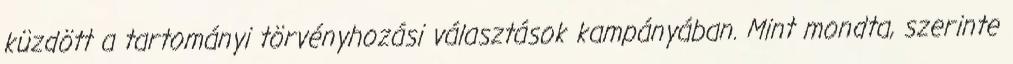
küzdött a tartományi törvényhozási választások kampányában. Mint mondta, szerinte